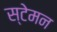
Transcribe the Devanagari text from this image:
स्टेमन